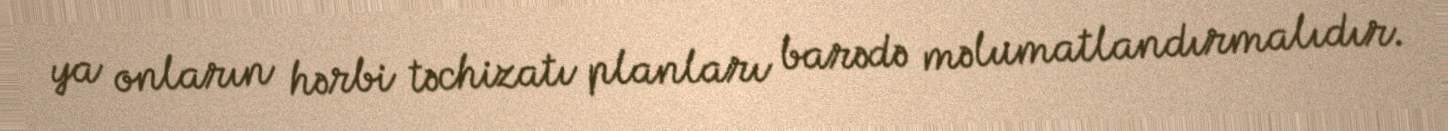
ya onların hərbi təchizatı planları barədə məlumatlandırmalıdır.